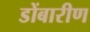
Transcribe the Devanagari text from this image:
डोंबारीण